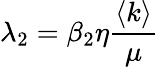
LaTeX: \lambda_{2}=\beta_{2}\eta\frac{\langle k\rangle}{\mu}